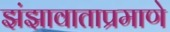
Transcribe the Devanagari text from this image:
झंझावाताप्रमाणे